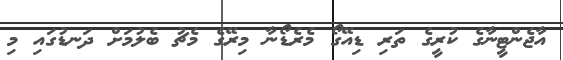
އާޖެންޓީނާގެ ކުރީގެ ތަރި ޑިއޭގޯ މެރެޑޯނާ މިރޭގެ މެޗު ބެލުމަށް ދަނޑުގައި މި